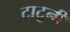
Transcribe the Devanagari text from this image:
टाटूनी